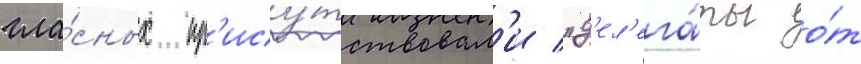
гла́сных пр'ису́тствовал'и "д'ел'ега́ты о́т